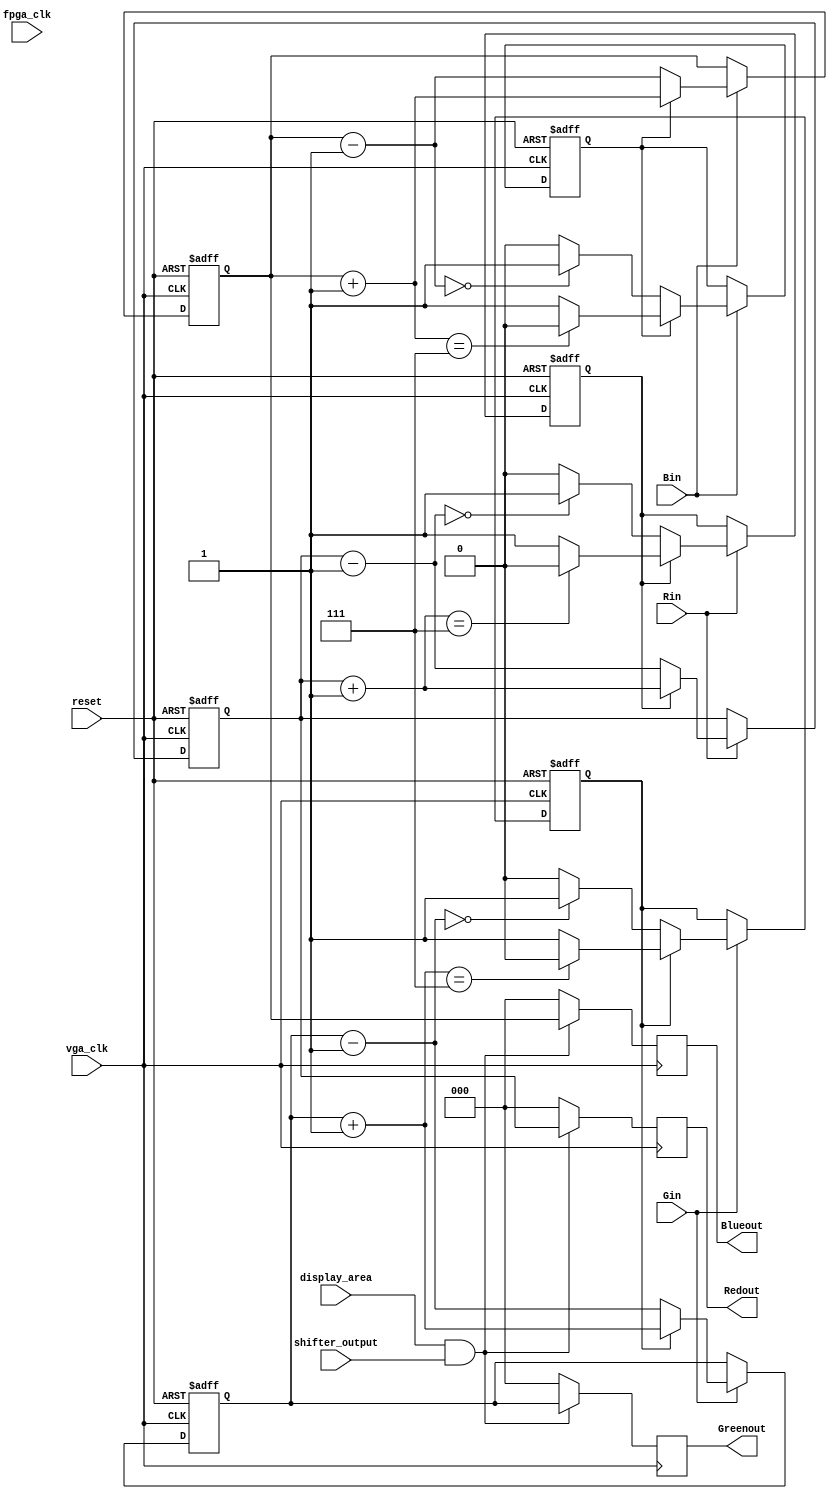
module coloriser(reset,fpga_clk,vga_clk,display_area,shifter_output,Rin,Gin,Bin,Redout,Greenout,Blueout);
input reset,Rin,Gin,Bin,vga_clk,display_area,fpga_clk;
input shifter_output;
output reg [2:0]  Redout,Greenout,Blueout;
reg [2:0]  Red,Green,Blue;
reg red_up,green_up,blue_up; //an to up einai ena, exoume afksisi twn xrwmatwn, alliws theloume meiwsh

always @(posedge vga_clk or posedge reset) //to be replaced with vga_clk?
begin
if (reset)
    begin 
	    Red=3'd0;
		Green=3'd0;
		Blue=3'd0;
		
		
		red_up=1;
		green_up=1;
		blue_up=1;
    end

else
begin
	if (Rin==1)
		begin
			if (red_up==1) 
				begin
					Red=Red+3'b1;
					if (Red==3'd7) red_up=0;
				end
			else if (red_up==0) 
				begin
					Red=Red-3'b1;
					if (Red==3'd0) red_up=1;
				end
				
		end
		
		if (Gin==1)
		begin
			if (green_up==1) 
				begin
					Green=Green+3'b1;
					if (Green==3'd7) green_up=0;
				end
			else if (green_up==0) 
				begin
					Green=Green-3'b1;
					if (Green==3'd0) green_up=1;
				end
				
		end
		if (Bin==1)
		begin
			if (blue_up==1) 
				begin
					Blue=Blue+3'b1;
					if (Blue==3'd7) blue_up=0;
				end
			else if (blue_up==0) 
				begin
					Blue=Blue-3'b1;
					if (Blue==3'd0) blue_up=1;
				end
				
		end
end
end
always @(posedge vga_clk)
begin
    if (display_area & shifter_output)
    begin
        Redout=Red;
        Greenout=Green;
        Blueout=Blue;
    end
    else 
    begin 
        Redout=3'b000;
        Greenout=3'b000;
        Blueout=3'b000;
    end
end

endmodule